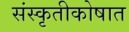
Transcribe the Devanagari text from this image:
संस्कृतीकोषात